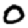
Digit: 0